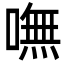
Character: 嘸